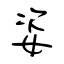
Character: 姿